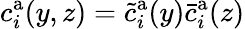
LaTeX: c_{i}^{\mathrm{a}}(y,z)=\tilde{c}_{i}^{\mathrm{a}}(y)\bar{c}_{i}^{\mathrm{a}}(z)